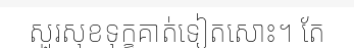
សួរសុខទុក្ខគាត់ទៀតសោះ។ តែ